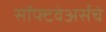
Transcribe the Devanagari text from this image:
सॉफ्टवेअर्सचे